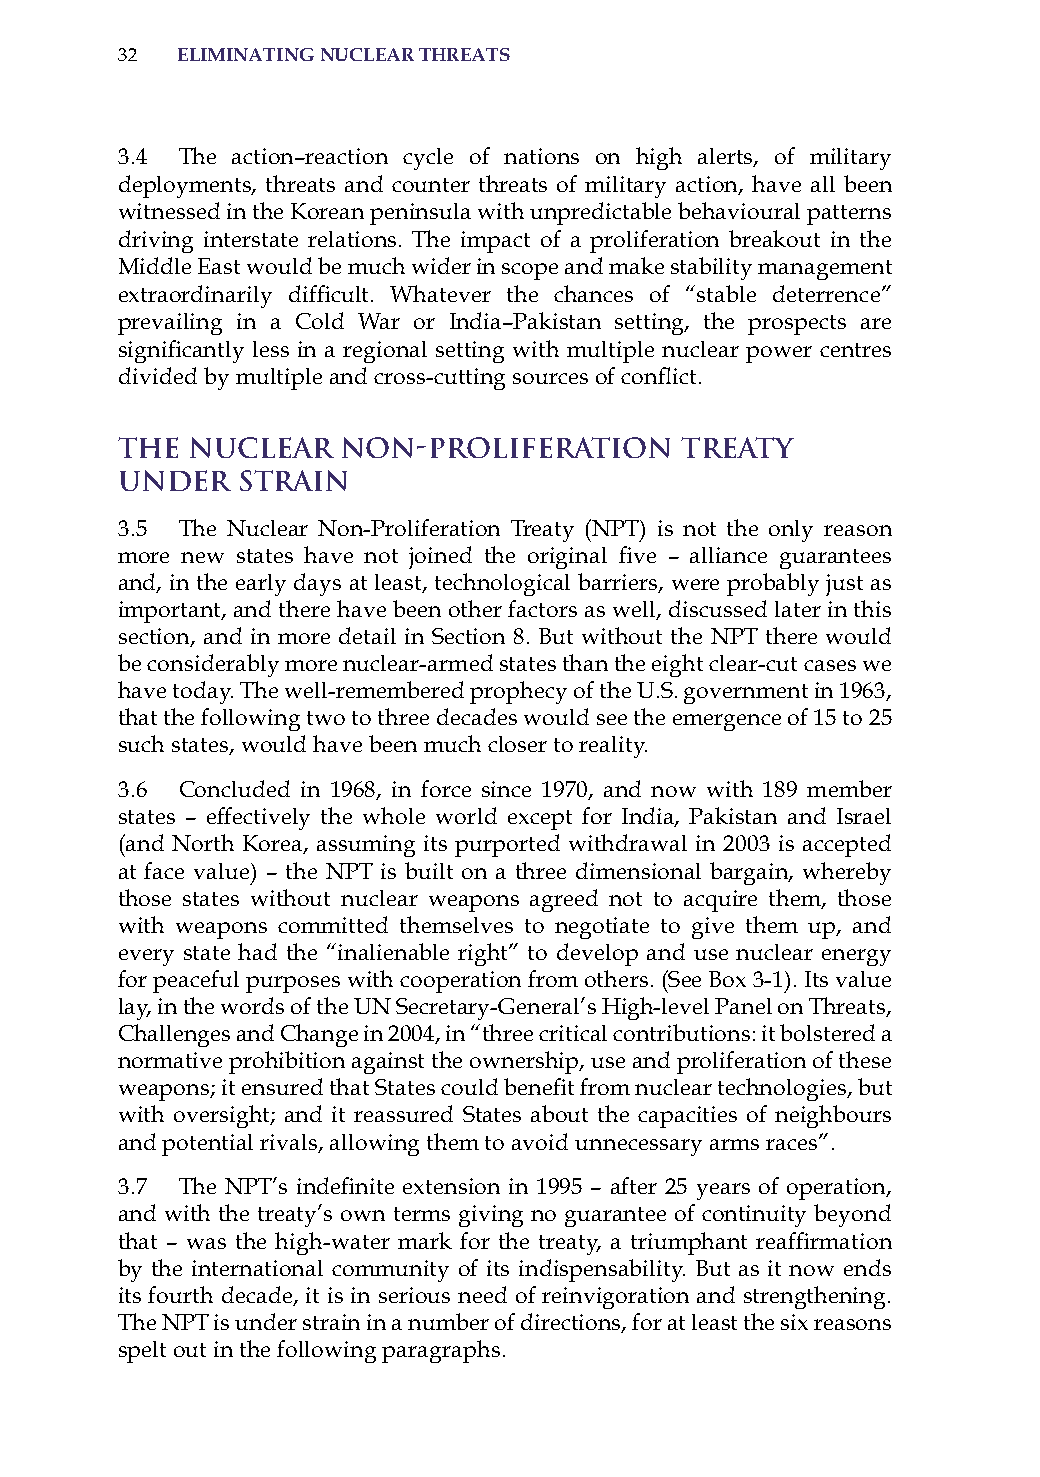
32  eliminatinG nuclear threats
 3.4 The action–reaction cycle of nations on high alerts, of military
 deployments, threats and counter threats of military action, have all been
 witnessed in the Korean peninsula with unpredictable behavioural patterns
 driving interstate relations. The impact of a proliferation breakout in the
 Middle East would be much wider in scope and make stability management
 extraordinarily difficult. Whatever the chances of “stable deterrence”
 prevailing in a Cold War or india–Pakistan setting, the prospects are
 significantly less in a regional setting with multiple nuclear power centres
 divided by multiple and cross-cutting sources of conflict.
 The  Nuclear   Non-Proliferation     Treaty
 Under   Strain
 3.5 The Nuclear Non-Proliferation Treaty (NPT) is not the only reason
 more new states have not joined the original five – alliance guarantees
 and, in the early days at least, technological barriers, were probably just as
 important, and there have been other factors as well, discussed later in this
 section, and in more detail in section 8. But without the NPT there would
 be considerably more nuclear-armed states than the eight clear-cut cases we
 have today. The well-remembered prophecy of the U.s. government in 1963,
 that the following two to three decades would see the emergence of 15 to 25
 such states, would have been much closer to reality.
 3.6 Concluded in 1968, in force since 1970, and now with 189 member
 states – effectively the whole world except for india, Pakistan and israel
 (and North Korea, assuming its purported withdrawal in 2003 is accepted
 at face value) – the NPT is built on a three dimensional bargain, whereby
 those states without nuclear weapons agreed not to acquire them, those
 with weapons committed themselves to negotiate to give them up, and
 every state had the “inalienable right” to develop and use nuclear energy
 for peaceful purposes with cooperation from others. (see Box 3-1). its value
 lay, in the words of the UN secretary-General’s high-level Panel on Threats,
 Challenges and Change in 2004, in “three critical contributions: it bolstered a
 normative prohibition against the ownership, use and proliferation of these
 weapons; it ensured that States could benefit from nuclear technologies, but
 with oversight; and it reassured states about the capacities of neighbours
 and potential rivals, allowing them to avoid unnecessary arms races”.
 3.7 The NPT’s indefinite extension in 1995 – after 25 years of operation,
 and with the treaty’s own terms giving no guarantee of continuity beyond
 that – was the high-water mark for the treaty, a triumphant reaffirmation
 by the international community of its indispensability. But as it now ends
 its fourth decade, it is in serious need of reinvigoration and strengthening.
 The NPT is under strain in a number of directions, for at least the six reasons
 spelt out in the following paragraphs.